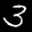
Label: 3